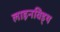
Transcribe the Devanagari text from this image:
लाइनविड्थ